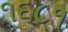
૧૬૮૧